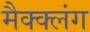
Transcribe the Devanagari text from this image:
मैक्क्लंग